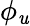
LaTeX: \phi_{\mathit{u}}